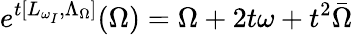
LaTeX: e^{t[L_{\omega_{I}},\Lambda_{\Omega}]}(\Omega)=\Omega+2t\omega+t^{2}\bar{\Omega}